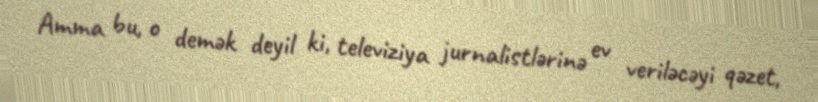
Amma bu, o demək deyil ki, televiziya jurnalistlərinə ev veriləcəyi qəzet,